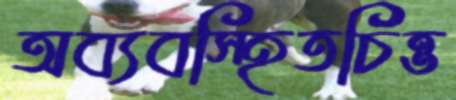
অব্যবস্হিতচিত্ত